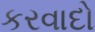
કરવાદો